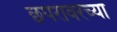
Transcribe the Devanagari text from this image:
छपरावरच्या